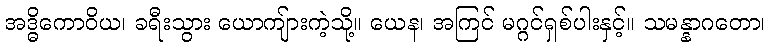
အဒ္ဓိကောဝိယ၊ ခရီးသွား ယောကျ်ားကဲ့သို့။ ယေန၊ အကြင် မဂ္ဂင်ရှစ်ပါးနှင့်။ သမန္နာဂတော၊